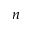
_ { n }